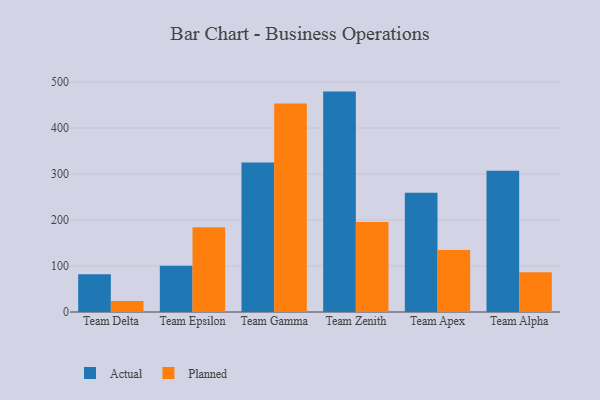
{"axis": {"x": "Team", "y": "Conversion Rate (%)"}, "legend": ["Actual", "Planned"], "data": [{"x": "Team Delta", "y": 82.1, "type": "Actual"}, {"x": "Team Delta", "y": 24.1, "type": "Planned"}, {"x": "Team Epsilon", "y": 100.8, "type": "Actual"}, {"x": "Team Epsilon", "y": 184.2, "type": "Planned"}, {"x": "Team Gamma", "y": 325.0, "type": "Actual"}, {"x": "Team Gamma", "y": 453.3, "type": "Planned"}, {"x": "Team Zenith", "y": 479.1, "type": "Actual"}, {"x": "Team Zenith", "y": 195.7, "type": "Planned"}, {"x": "Team Apex", "y": 259.0, "type": "Actual"}, {"x": "Team Apex", "y": 134.9, "type": "Planned"}, {"x": "Team Alpha", "y": 307.3, "type": "Actual"}, {"x": "Team Alpha", "y": 86.3, "type": "Planned"}]}